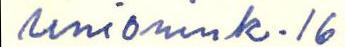
Unionink. 16